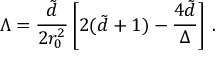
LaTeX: \Lambda = { \frac { \tilde { d } } { 2 r _ { 0 } ^ { 2 } } } \left[ 2 ( \tilde { d } + 1 ) - { \frac { 4 \tilde { d } } { \Delta } } \right] \, .